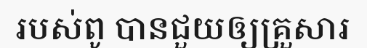
របស់ពូ បានជួយឲ្យគ្រួសារ